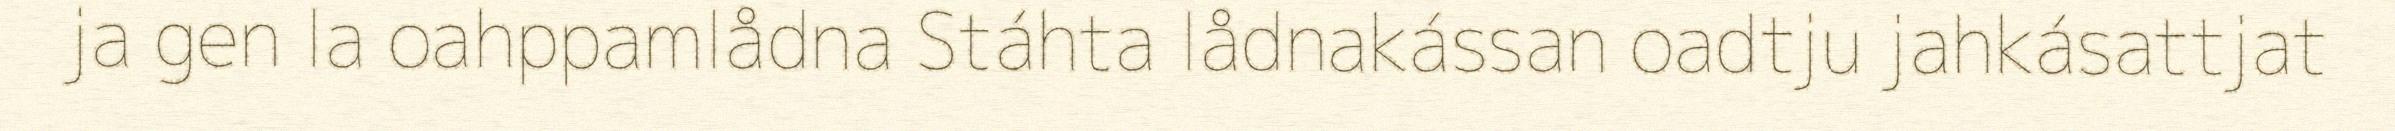
ja gen la oahppamlådna Stáhta lådnakássan oadtju jahkásattjat